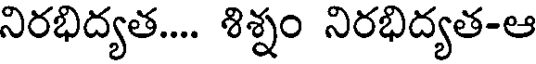
నిరభిద్యత.... శిశ్నం నిరభిద్యత-ఆ